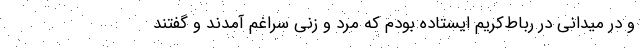
و در میدانی در رباط‌کریم ایستاده بودم که مرد و زنی سراغم آمدند و گفتند